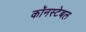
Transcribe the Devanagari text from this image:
कॉनस्टेबल